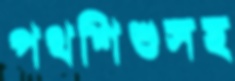
পথশিশুসহ